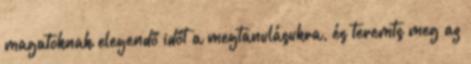
magatoknak elegendő időt a megtanulásukra, és teremts meg az